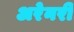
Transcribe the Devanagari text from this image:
अरेनरी